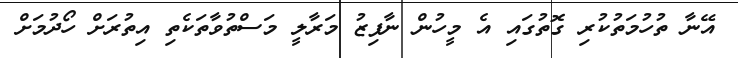
އޭނާ ތުހުމަތުކުރި ގޮތުގައި އެ މީހުން ނާފިޒު މަރާލީ މަސްތުވާތަކެތި އިތުރަށް ހޯދުމަށް